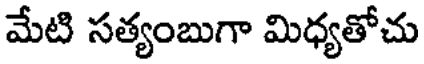
మేటి సత్యంబుగా మిధ్యతోచు